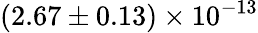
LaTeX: (2.67\pm 0.13)\times 10^{-13}